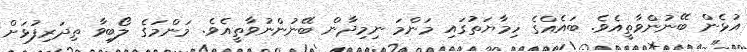
އުޅެން ބޭނުންވާތީއެވެ. ބައެއްގެ ހިމާޔަތުގައި މަންމަ ނިމިދާން ބޭނުންނުވާތީއެވެ. މަންމަގެ ލޯބިވާ ތިދަރިފުޅަށް